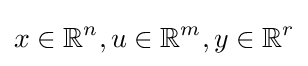
x\in \mathbb {R} ^{n},u\in \mathbb {R} ^{m},y\in \mathbb {R} ^{r}